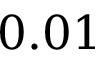
0 . 0 1